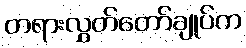
တရားလွှတ်တော်ချုပ်က